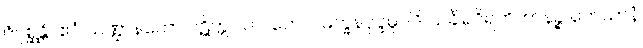
ဇိဂုစ္ဆန္တိ။ ဧဝံ သဏ္ဌာနတော ပဋိက္ကူလာ။ တေလမက္ခနပုပ္ဖဓူပါဒိ သင်္ခါရဝိရဟိတာနဉ္စ ကေသာနံ